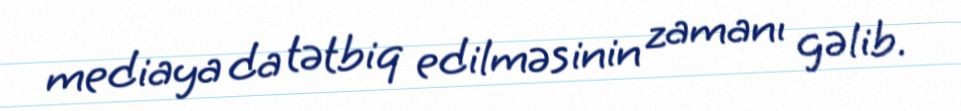
mediaya da tətbiq edilməsinin zamanı gəlib.